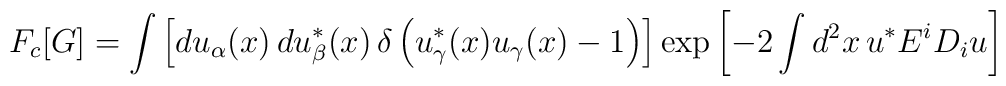
F_c [G] = \int  \left[    du_\alpha (x)\, du^*_\beta (x)\, \delta    \left(      u^*_\gamma (x) u_\gamma (x) - 1    \right)  \right] \exp  \left[    -2 \int d^2x\, u^* E^i D_i u  \right]